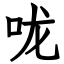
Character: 咙